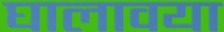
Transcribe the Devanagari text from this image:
घालावया